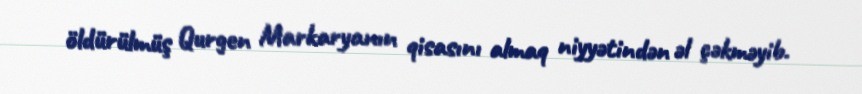
öldürülmüş Qurgen Markaryanın qisasını almaq niyyətindən əl çəkməyib.